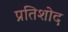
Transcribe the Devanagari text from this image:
प्रतिशोद